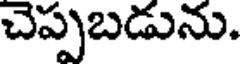
చెప్పబడును.